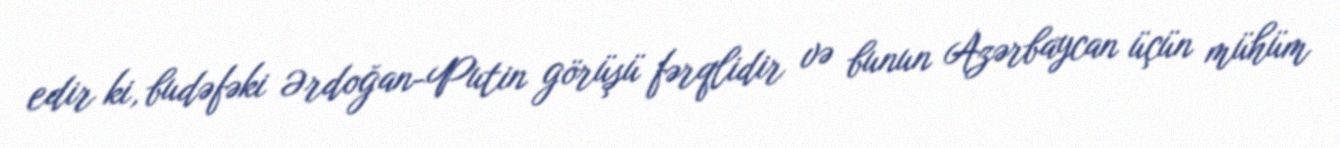
edir ki, budəfəki Ərdoğan-Putin görüşü fərqlidir və bunun Azərbaycan üçün mühüm